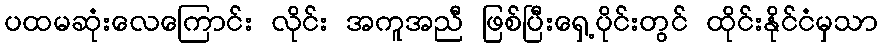
ပထမဆုံးလေကြောင်း လိုင်း အကူအညီ ဖြစ်ပြီးရှေ့ပိုင်းတွင် ထိုင်းနိုင်ငံမှသာ